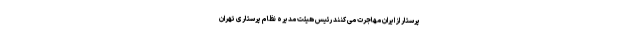
پرستار از ایران مهاجرت می ‌کنند رئیس هیئت مدیره نظام پرستاری تهران